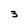
Character: 3